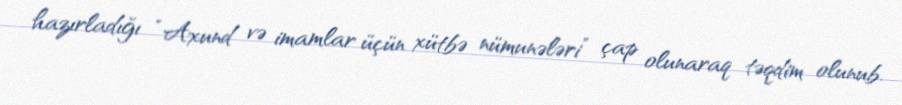
hazırladığı “Axund və imamlar üçün xütbə nümunələri” çap olunaraq təqdim olunub.